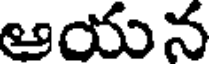
ఆయన